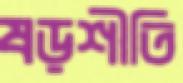
ষড়শীতি